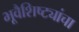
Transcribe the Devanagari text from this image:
भूवैशिष्ट्यांचा